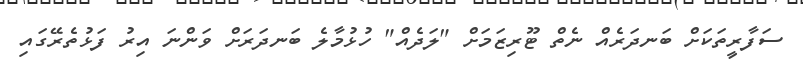
ސަފާރީތަކަށް ބަނދަރެއް ނެތް ޓޫރިޒަމަށް "ލަދެއް" ހުޅުމާލެ ބަނދަރަށް ވަންނަ އިރު ފަޅުތެރޭގައި